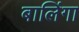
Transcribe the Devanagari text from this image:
बालिंगा